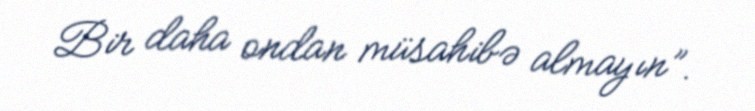
Bir daha ondan müsahibə almayın”.